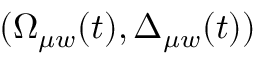
( \Omega _ { \mu w } ( t ) , \Delta _ { \mu w } ( t ) )